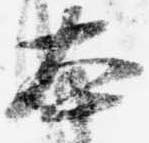
本